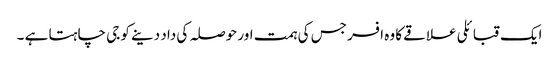
ایک قبائلی علاقے کا وہ افسر جس کی ہمت اور حوصلہ کی داد دینے کو جی چاہتا ہے ۔